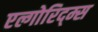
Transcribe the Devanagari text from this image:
एल्गोरिद्म्स